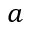
a